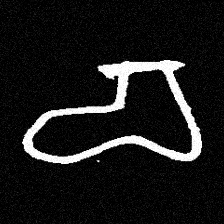
Pyu character \u2014 Myanmar letter: စ (romanized: ca)